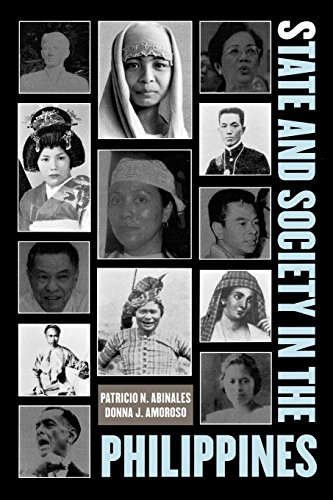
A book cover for State and Society in the Philippines (State & Society in East Asia); Patricio N. Abinales; History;